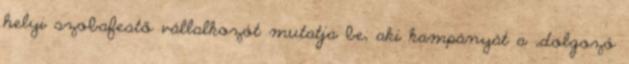
helyi szobafestő vállalkozót mutatja be, aki kampányát a „dolgozó